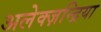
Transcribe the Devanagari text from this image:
अलेक्ज़न्द्रिया